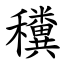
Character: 䆏